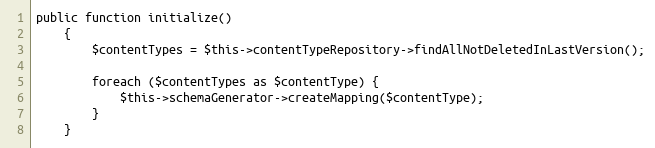
Language: PHP
public function initialize()
    {
        $contentTypes = $this->contentTypeRepository->findAllNotDeletedInLastVersion();

        foreach ($contentTypes as $contentType) {
            $this->schemaGenerator->createMapping($contentType);
        }
    }